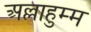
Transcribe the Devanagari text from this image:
अल्लाहुम्म